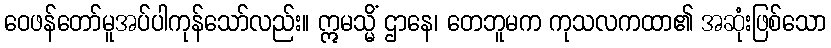
ဝေဖန်တော်မူအပ်ပါကုန်သော်လည်း။ ဣမသ္မိံ ဌာနေ၊ တေဘူမက ကုသလကထာ၏ အဆုံးဖြစ်သော